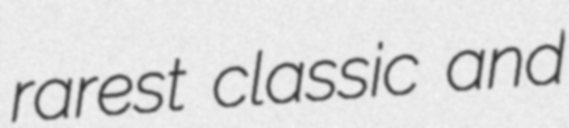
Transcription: rarest classic and